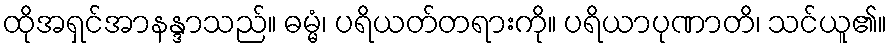
ထိုအရှင်အာနန္ဒာသည်။ ဓမ္မံ၊ ပရိယတ်တရားကို။ ပရိယာပုဏာတိ၊ သင်ယူ၏။